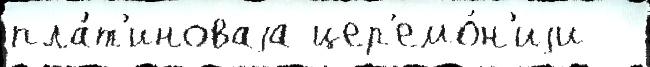
пла́т'иноваjа цер'емо́н'иjи -